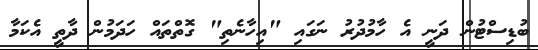
ބުޑިސްޓުން ދަނީ އެ ހާމުދުރު ނަގައި "އިހާނެތި" ގޮތްތައް ހަދަމުން ދާތީ އެކަމާ